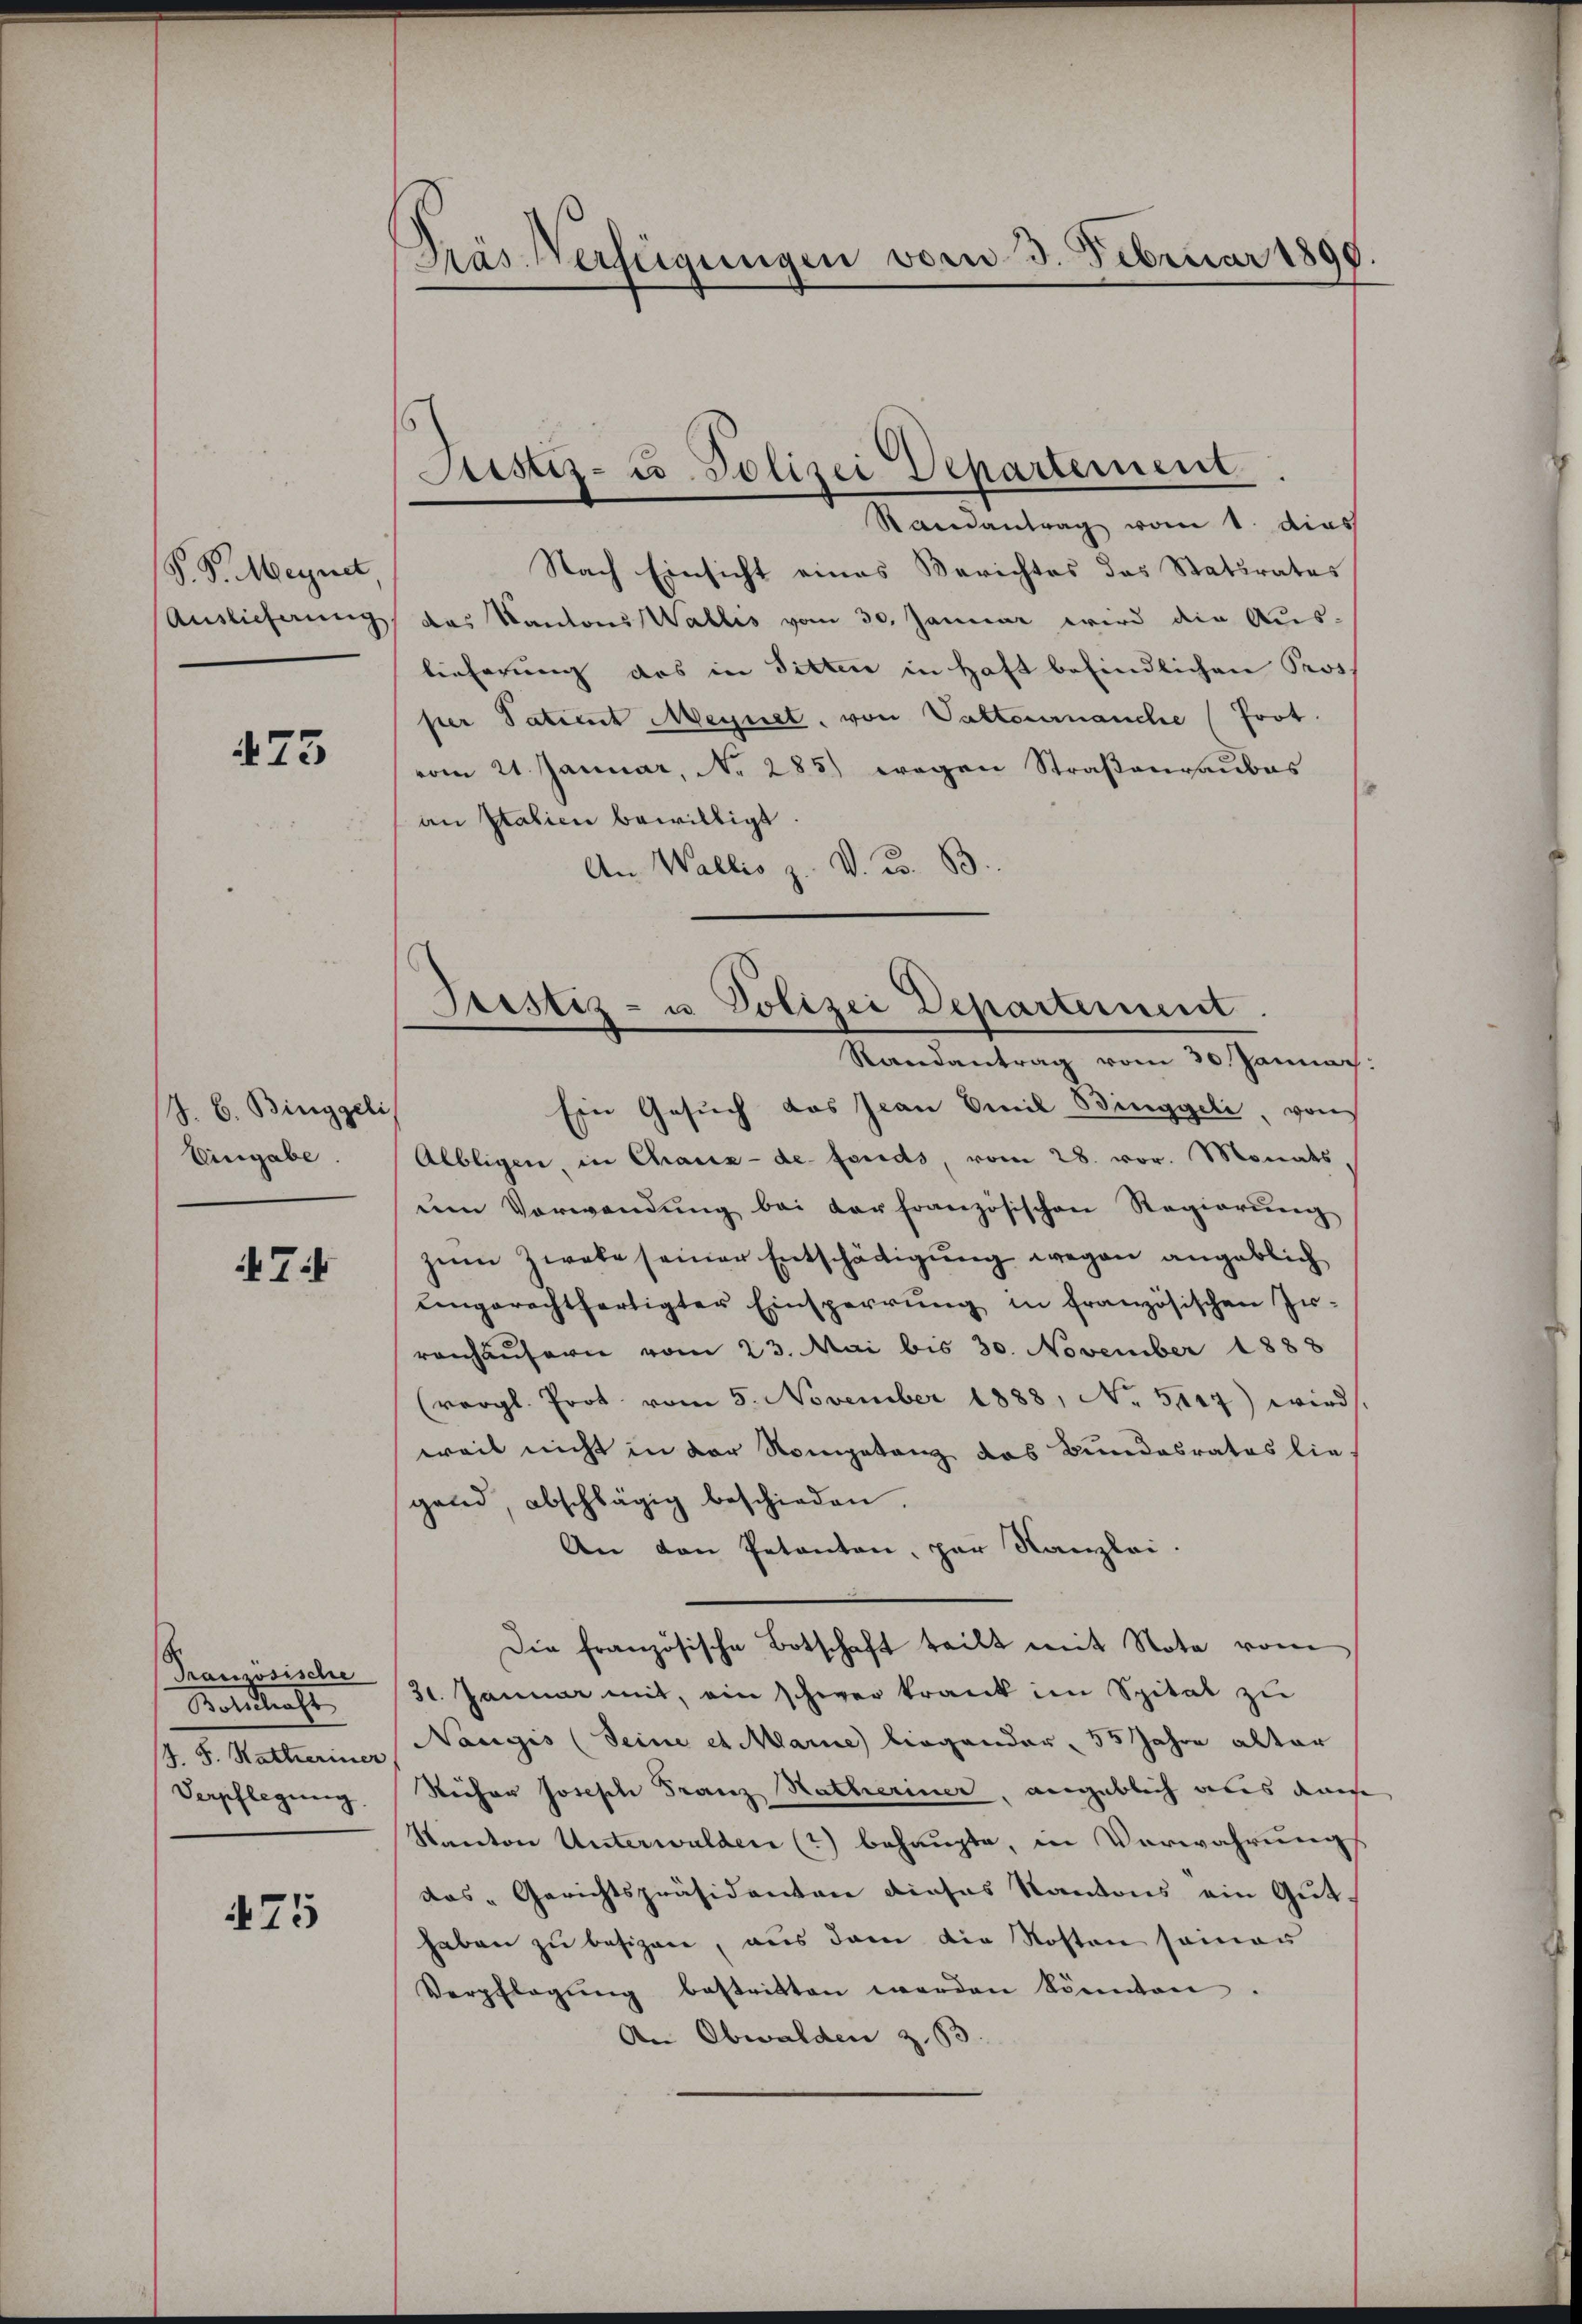
P.S. MMegnet
Auslieferung

173

J. C. Binggeli
Eingabe.

74

Französische
Ratsdraht
J. J. Hatheriner
Verpflegung

475

Präs. Verfügungen vom 3. Februar 1890.

s
Justiz- u. Polizei Departement
Randantrag vom 1. dies

Justiz- u Polizei Departement
Randantrag vom 30. Januar
Ein Gesuch das Jean Emil Binggeli, von

Nach Einsicht eines Berichtes das Statsrates
das Kantons Wallis vom 30. Januar wird die Aus-
lieferung das in Sitten in Haft befindlichen Pros.
ser Patient Megnet, von Vattenmanche (frot.
vom 21. Januar, No 285) wegen Straßenraubes
an Statien bewilligt.
An Wallis z. V. d. B.
Albligen, in Chaux-de fonds, vom 28. vor. Monats
um Verwendŭng bei der französischen Regierŭng
zum Zwele seiner Entschädigung wegen angeblich
eingerechtfertigter Einsperrung in französischen In-
renhäusern vom 23. Mai bis 30. November 1888
(vergl. Prot. vom 5. November 1888, No. 5017) wird
weil nicht in der Kompetenz das Bundesrates lie-
gand, abschlägig beschieden.
An den Petenten, par Kanzlei
Die französische Botschaft teilt mit Nota vom
31. Januar mit, ein schwer krank im Spital zu
Naugis (Seine et Marie liegender 55 Jahre alter
Reifer Joseph Franz Hatheriner, angeblich aber denn
Kanton Unterwalden (2) behaupte, in Verwahrung
das „Gerichtspräsidenten dieses Kantons ein Gut.
haben zu besizen, aus dem die Kosten seinen
Verpflegŭng bestritten werden könnten.
An Obwalden z. 53